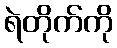
ရဲတိုက်ကို